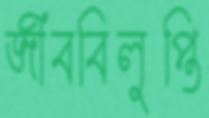
জীববিলুপ্তি